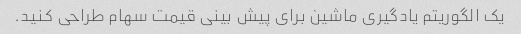
یک الگوریتم یادگیری ماشین برای پیش بینی قیمت سهام طراحی کنید.